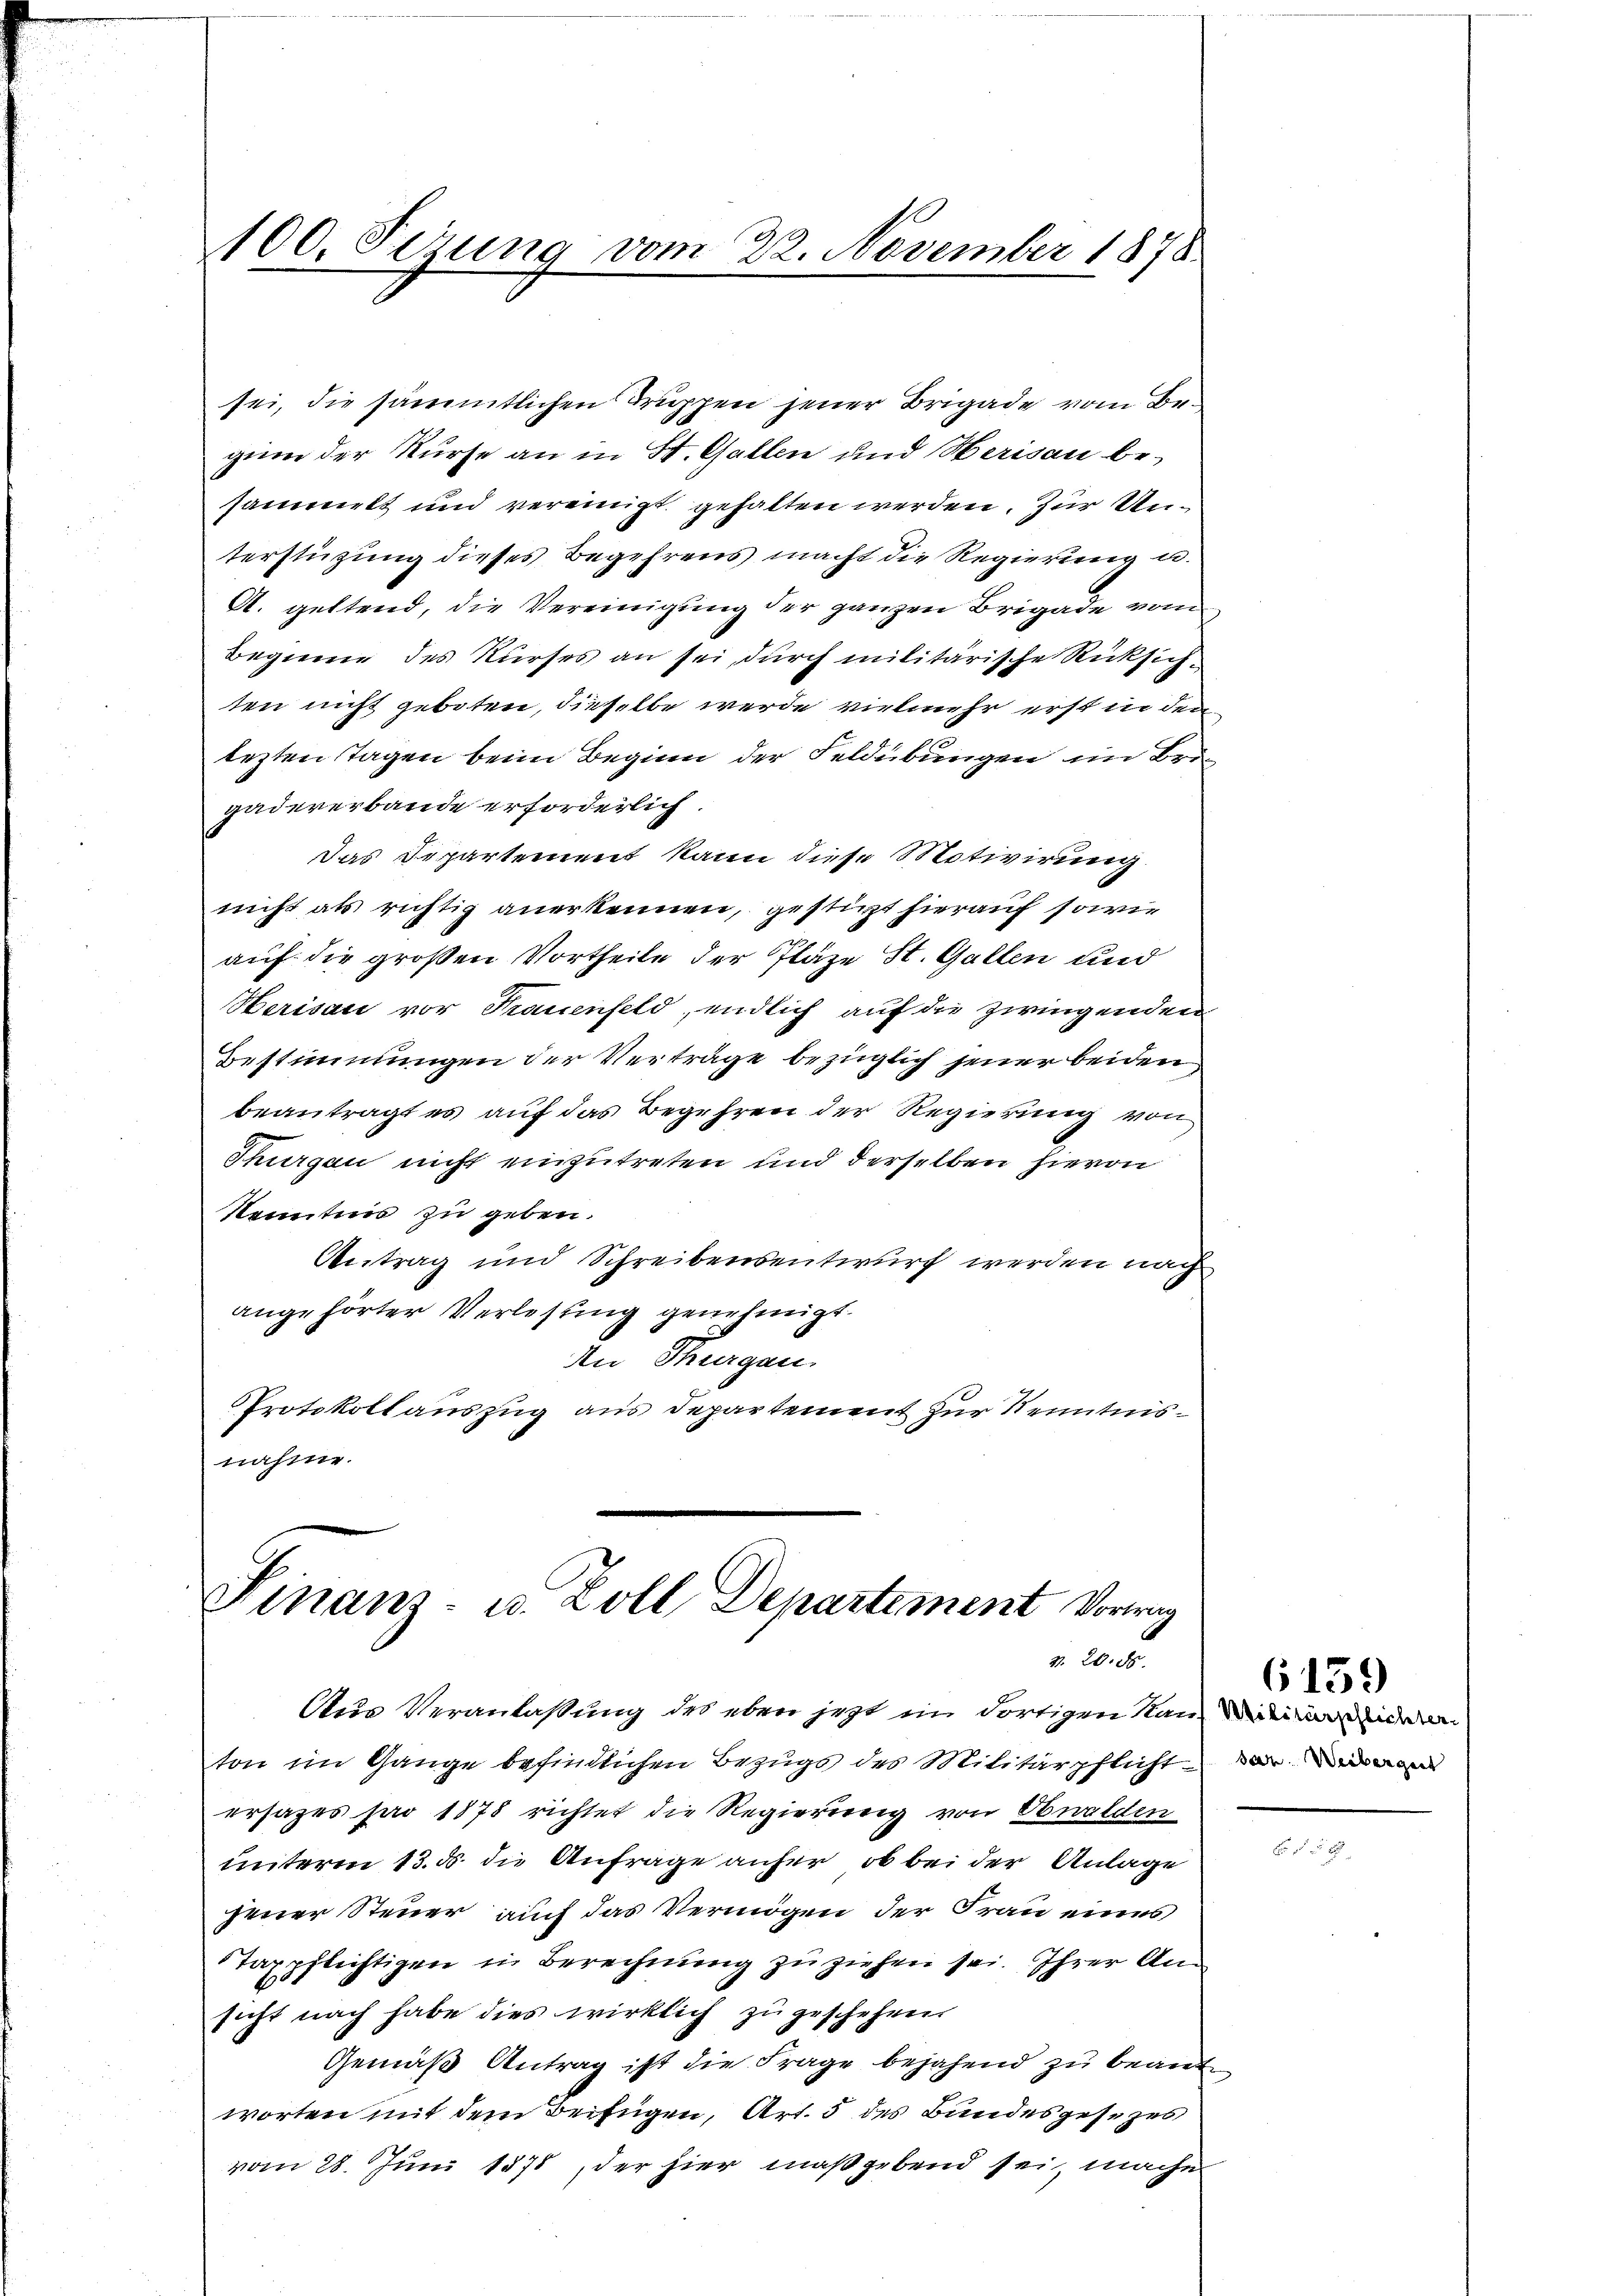
Ah
100. Seizung vom 22. November 1878

sei, die sämmtlichen Truppen jener Brigade vom Begum der Kurse an in St. Gallen und Herisau be-
sammelt und vereinigt gehalten werden. Zur Unterstüzung dieses Begehrens macht die Regierung u.
A. geltend, die Vereinigung der ganzen Brigade vom
Begiene des Kurses an sei, durch militärische Rücksich
ten nicht geboten, dieselbe werde vielmehr erst in den
tezten Tagen beim Beginn der Feldübungen im Brigadeverbande erforderlich.
Das Departement kann diese Motivirung
nicht als richtig anerkennen, gestürzt hierauf sowie
auf die großen Vortheile der Pläze St. Gallen und
Herisau vor Frauenfeld, endlich auf die zwingenden
Bestimmungen der Verträge bezüglich jener beiden
beantragt es auf das Begehren der Regierung von
Thurgau nicht einzutreten und derselben hievon
Kenntnis zu geben.
Antrag und Schreibensentwurf werden nach
angehörter Verlesung genehmigt.
An Thurgau.
Protokoll auszug aus Departement zur Kenntnisnahme.

Finanz- u. Zoll Departement Vortrag
v. 20. ds.

unterm 13. ds die Anfrage anfer, ob bei der Anlage
jener Steuer, auch das Vermögen der Frau eines
Taxpflichtigen in Berechnŭng zŭ ziehen sei. Ihrer An-
sicht nach habe dies wirklich zu geschehen
Gemäß Antrag ist die Frage bejahend zu beant
worten mit dem Beifügen, Art. 5 des Bundesgesezes
vom 28. Juni 1871, der hier maßgebend sei, mache

Aus Veranlaßung des eben jezt im dortigen Kan einende
ton im Gange befindlichen Bezugs des Militärpflicht deman
ersages pro 1878 richtet die Regierung von Obwalden

6159

2